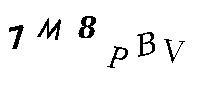
1M8PBV